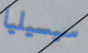
سيسيليا